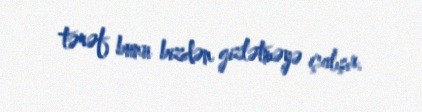
tərəf bunu bizdən gizlətməyə çalışır.